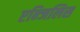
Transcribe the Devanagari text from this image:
एन्जिलिस